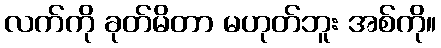
လက်ကို ခုတ်မိတာ မဟုတ်ဘူး အစ်ကို။